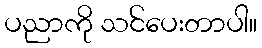
ပညာကို သင်ပေးတာပါ။